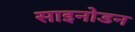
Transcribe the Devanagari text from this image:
साइनोडन